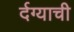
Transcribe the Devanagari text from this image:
र्दग्याची